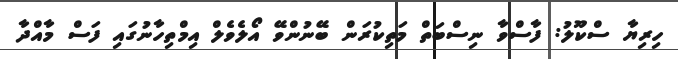
ހިރިޔާ ސްކޫލު: ފާސްވާ ނިސްބަތް މަތިކުރަން ބޭނުންވޭ އޯލެވެލް އިމްތިހާނުގައި ފަސް މާއްދާ